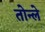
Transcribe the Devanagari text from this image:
तोन्ले